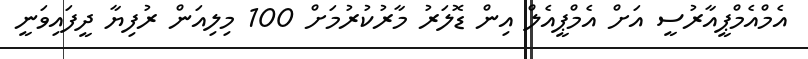
އެމްއެމްޕީއާރުސީ އަށް އެމްޕީއެލް އިން ޑޮލަރު މާރުކުރުމަށް 100 މިލިއަން ރުފިޔާ ދީފައިވަނީ